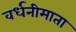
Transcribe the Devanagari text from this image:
वर्धनीमाता